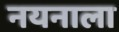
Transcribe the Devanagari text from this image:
नयनाला